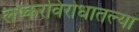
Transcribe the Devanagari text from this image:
लष्करविरोधातल्या